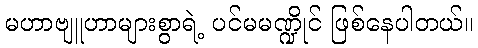
မဟာဗျူဟာများစွာရဲ့ ပင်မမဏ္ဍိုင် ဖြစ်နေပါတယ်။